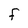
Character: F